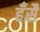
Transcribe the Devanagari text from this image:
हँसै